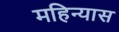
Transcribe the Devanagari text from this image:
महिन्यास